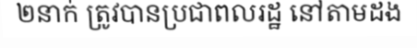
២នាក់ ត្រូវបានប្រជាពលរដ្ឋ នៅតាមដង